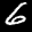
Label: 6